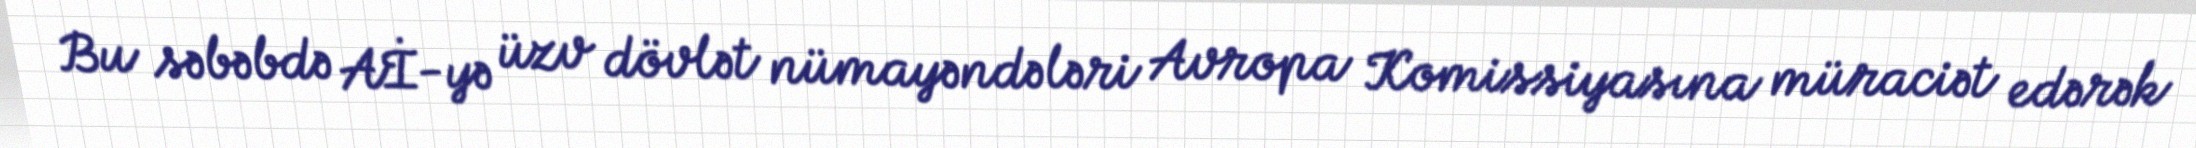
Bu səbəbdə Aİ-yə üzv dövlət nümayəndələri Avropa Komissiyasına müraciət edərək